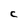
Character: C